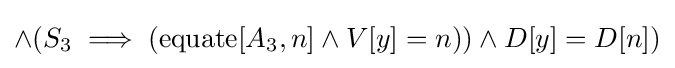
\land (S_{3}\implies (\operatorname {equate} [A_{3},n]\land V[y]=n))\land D[y]=D[n])